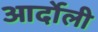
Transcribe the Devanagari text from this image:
आर्दोली